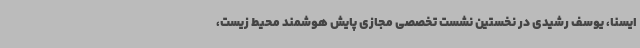
ایسنا، یوسف رشیدی در نخستین نشست تخصصی مجازی پایش هوشمند محیط زیست،